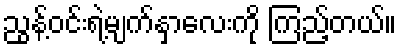
ညွန့်ဝင်းရဲ့မျက်နှာလေးကို ကြည့်တယ်။